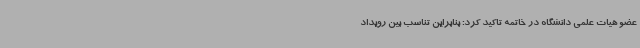
عضو هیات علمی دانشگاه در خاتمه تاکید کرد: بنابراین تناسب بین رویداد